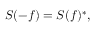
S ( - f ) = S ( f ) ^ { * } ,